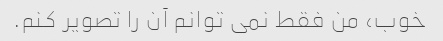
خوب، من فقط نمی توانم آن را تصویر کنم.